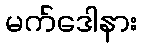
မက်ဒေါနား